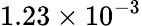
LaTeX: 1.23\times 10^{-3}